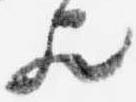
歟